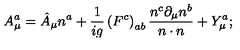
A _ { \mu } ^ { a } = \hat { A } _ { \mu } n ^ { a } + \frac { 1 } { i g } \left( F ^ { c } \right) _ { a b } \frac { n ^ { c } \partial _ { \mu } n ^ { b } } { n \cdot n } + Y _ { \mu } ^ { a } ;